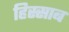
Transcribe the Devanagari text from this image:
हिस्साब